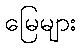
မြေများ